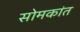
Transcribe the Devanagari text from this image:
सोमकांत